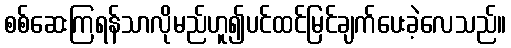
စစ်ဆေးကြရန်သာလိုမည်ဟူ၍ပင်ထင်မြင်ချက်ပေးခဲ့လေသည်။